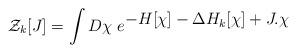
LaTeX: \begin{align*}{\cal Z}_k[J]=\int D\chi\ e^{\displaystyle -H[\chi]-\Delta H_k[\chi] +J.\chi}\end{align*}